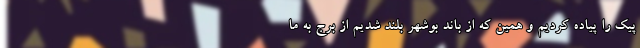
پِیک را پیاده کردیم و همین که از باند بوشهر بلند شدیم از برج به ما